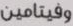
وفيتامين